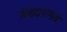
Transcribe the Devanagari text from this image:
विशद।परमार्थ